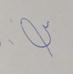
Signature authenticity: forged